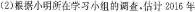
(2）根据小明所在学习小组的调查，估计2016年